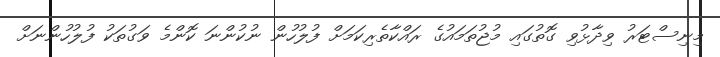
މިނިސްޓަރު ވިދާޅުވި ގޮތުގައި މުޖުތަމައުގެ ރައްކާތެރިކަމަށް ފުލުހުން ނުކުންނަ ކޮންމެ ވަގުތަކު ފުލުހުންނަށް